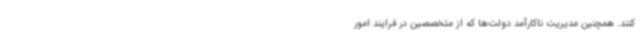
کنند. همچنین مدیریت ناکارآمد دولت‌ها که از متخصصین در فرایند امور